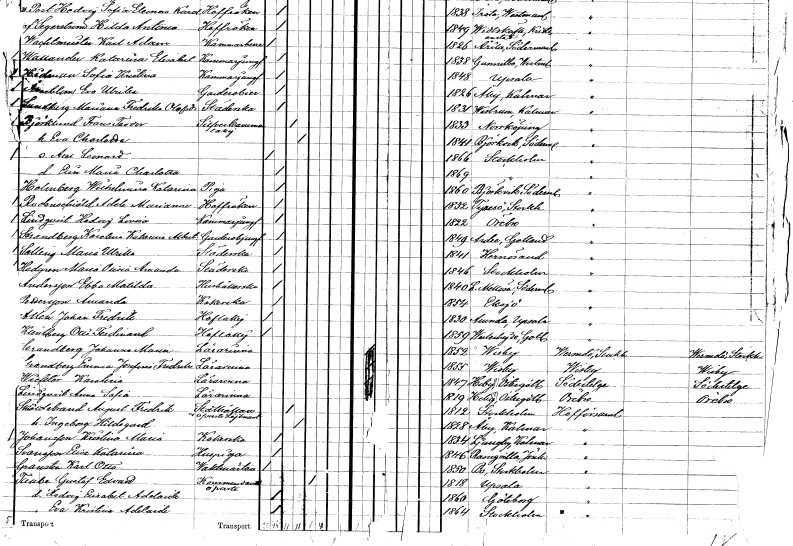
gt_parse: households: individuals: FN: Frans Teodor
EN: Björklund
YRKE: Silverkammarlakej
KON: M
CIV: G
FODAR: 1833
FODFORS: Norrköping Östergötlands län
FN: Eva Charlotta
KON: K
CIV: G
FODAR: 1841
FODFORS: Björkvik Södermanlands län
FN: Axel Leonard
KON: M
CIV: O
FODAR: 1866
FODFORS: Stockholm
FN: Elin Maria Charlotta
KON: K
CIV: O
FODAR: 1869
FODFORS: Stockholm
FN: Wilhelmina Katarina
EN: Holmberg
YRKE: Piga
KON: K
CIV: O
FODAR: 1860
FODFORS: Björkvik Södermanlands län
FN: Adele Marianne
EN: Rudenchiöld
KON: K
CIV: O
FODAR: 1852
FODFORS: Tyresö Stockholms län
FN: Hedvig Lovisa
EN: Lindqvist
YRKE: Kammarjungfru
KON: K
CIV: O
FODAR: 1822
FODFORS: Örebro Örebro län
FN: Karolina Katarina Albertina
EN: Strandberg
YRKE: Garderobslakej vid hovet
KON: K
CIV: O
FODAR: 1849
FODFORS: Ardre Gotlands län
FN: Maria Ulrika
EN: Selling
YRKE: Städerska
KON: K
CIV: O
FODAR: 1841
FODFORS: Härnösand Västernorrlands län
FN: Maria Olivia Amanda
EN: Hedgren
YRKE: Städerska
KON: K
CIV: O
FODAR: 1846
FODFORS: Stockholm
FN: Ebba Matilda
EN: Andersson
YRKE: Hushållerska
KON: K
CIV: O
FODAR: 1840
FODFORS: Lilla Mellösa Södermanlands län
FN: Amanda
EN: Pettersson
YRKE: Kokerska
KON: K
CIV: O
FODAR: 1854
FODFORS: Eksjö Jönköpings län
FN: Johan Fredrik
EN: Allén
YRKE: Hovlakej
KON: M
CIV: O
FODAR: 1830
FODFORS: Alunda Uppsala län
FN: Otto Ferdinand
EN: Kleinberg
YRKE: Hovlakej
KON: M
CIV: O
FODAR: 1859
FODFORS: Västerhejde Gotlands län
FN: Johanna Maria
EN: Grandberg
YRKE: Lärarinna
KON: K
CIV: O
FODAR: 1852
FODFORS: Visby Gotlands län
FN: Emma Josefina Fredrika
EN: Grandberg
YRKE: Lärarinna
KON: K
CIV: O
FODAR: 1855
FODFORS: Visby Gotlands län
FN: Karolina
EN: Wicktor
YRKE: Lärarinna
KON: K
CIV: O
FODAR: 1847
FODFORS: Heda Östergötlands län
FN: Anna Sofia
EN: Lindqvist
YRKE: Lärarinna
KON: K
CIV: O
FODAR: 1819
FODFORS: Heda Östergötlands län
FN: August Fredrik
EN: Sköldebrand
YRKE: Skollärare Överstelöjtnant
KON: M
CIV: G
FODAR: 1812
FODFORS: Stockholm
FN: Ingeborg Hildegard
KON: K
CIV: G
FODAR: 1828
FODFORS: Åby Kalmar län
FN: Kristina Maria
EN: Johansson
YRKE: Kokerska
KON: K
CIV: O
FODAR: 1834
FODFORS: Ljungby Kalmar län
FN: Elise Katarina
EN: Svansson
YRKE: Huspiga
KON: K
CIV: O
FODAR: 1846
FODFORS: Ramkvilla Jönköpings län
FN: Karl Otto
EN: Gransta
YRKE: Vaktmästare
KON: M
CIV: O
FODAR: 1850
FODFORS: Bo Stockholms län
FN: Gustaf Edvard
EN: Taube
YRKE: Kommendörkapten
KON: M
CIV: E
FODAR: 1818
FODFORS: Uppsala Uppsala län
FN: Hedvig Elisabet Adelaide
KON: K
CIV: O
FODAR: 1860
FODFORS: Göteborg Göteborgs- och Bohuslän
FN: Eva Kristina Adelaide
KON: K
CIV: O
FODAR: 1864
FODFORS: Stockholm